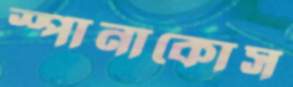
স্পানাকোস